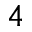
4